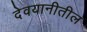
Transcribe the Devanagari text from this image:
देवयानीतील